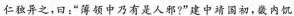
仁独异之，曰：”薄领中乃有是人邪?”建中靖国初，畿内饥，